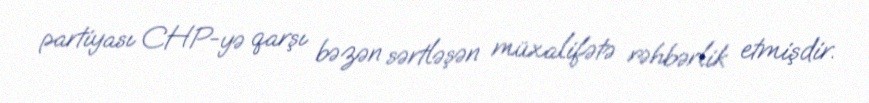
partiyası CHP-yə qarşı bəzən sərtləşən müxalifətə rəhbərlik etmişdir.